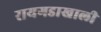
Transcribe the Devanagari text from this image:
रायगडाखाली